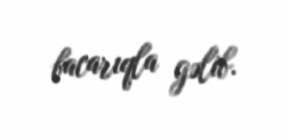
bacarıqla gəlib.